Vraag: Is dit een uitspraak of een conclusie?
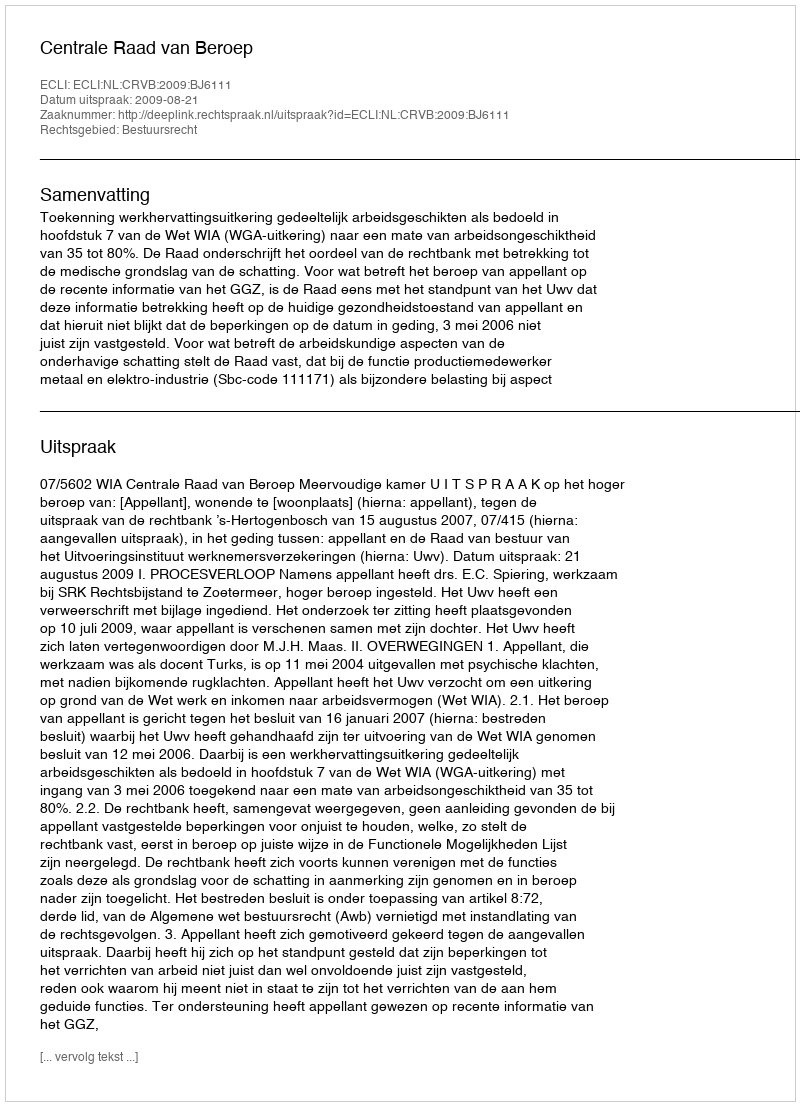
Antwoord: Uitspraak